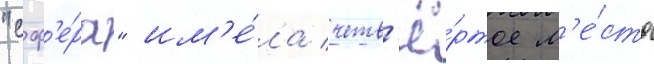
"сф'е́ра" им'е́ла четв'ё́ртое м'е́сто